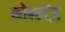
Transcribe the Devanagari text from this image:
कोबलेंज़